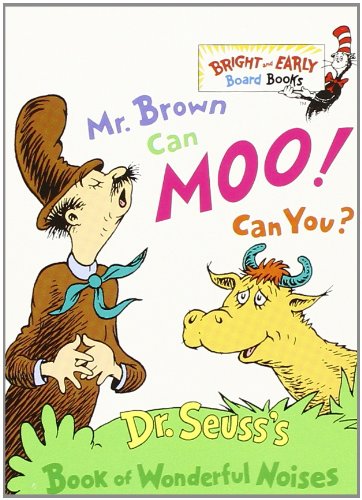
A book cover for Mr. Brown Can Moo, Can You : Dr. Seuss's Book of Wonderful Noises (Bright and Early Board Books); Dr. Seuss; Children's Books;